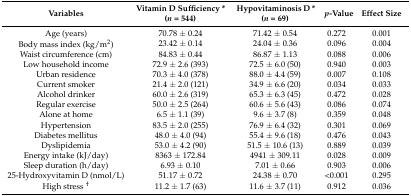
<table><thead><tr><td><b>Variables </b></td><td><b>Vitamin D Sufficiency * (<i>n</i> = 544)</b></td><td><b>Hypovitaminosis D * (<i>n</i> = 69)</b></td><td><b><i>p</i>-Value</b></td><td><b>Effect Size</b></td></tr></thead><tbody><tr><td>Age (years)</td><td>70.78 ± 0.24</td><td>71.42 ± 0.54</td><td>0.272</td><td>0.001</td></tr><tr><td>Body mass index (kg/m<sup>2</sup>)</td><td>23.42 ± 0.14</td><td>24.04 ± 0.36</td><td>0.096</td><td>0.004</td></tr><tr><td>Waist circumference (cm)</td><td>84.83 ± 0.44</td><td>86.87 ± 1.13</td><td>0.088</td><td>0.006</td></tr><tr><td>Low household income </td><td>72.9 ± 2.6 (393)</td><td>72.5 ± 6.0 (50)</td><td>0.940</td><td>0.003</td></tr><tr><td>Urban residence </td><td>70.3 ± 4.0 (378)</td><td>88.0 ± 4.4 (59)</td><td>0.007</td><td>0.108</td></tr><tr><td>Current smoker </td><td>21.4 ± 2.0 (121)</td><td>34.9 ± 6.6 (20)</td><td>0.034</td><td>0.033</td></tr><tr><td>Alcohol drinker </td><td>60.0 ± 2.6 (319)</td><td>65.3 ± 6.3 (45)</td><td>0.472</td><td>0.028</td></tr><tr><td>Regular exercise</td><td>50.0 ± 2.5 (264)</td><td>60.6 ± 5.6 (43)</td><td>0.086</td><td>0.074</td></tr><tr><td>Alone at home </td><td>6.5 ± 1.1 (39)</td><td>9.6 ± 3.7 (8)</td><td>0.359</td><td>0.048</td></tr><tr><td>Hypertension </td><td>83.5 ± 2.0 (255)</td><td>76.9 ± 6.4 (32)</td><td>0.301</td><td>0.069</td></tr><tr><td>Diabetes mellitus </td><td>48.0 ± 4.0 (94)</td><td>55.4 ± 9.6 (18)</td><td>0.476</td><td>0.043</td></tr><tr><td>Dyslipidemia </td><td>53.0 ± 4.2 (90)</td><td>51.5 ± 10.6 (13)</td><td>0.889</td><td>0.039</td></tr><tr><td>Energy intake (kJ/day)</td><td>8363 ± 172.84</td><td>4941 ± 309.11</td><td>0.028</td><td>0.009</td></tr><tr><td>Sleep duration (h/day)</td><td>6.93 ± 0.10</td><td>7.01 ± 0.66</td><td>0.903</td><td>0.006</td></tr><tr><td>25-Hydroxyvitamin D (nmol/L)</td><td>51.17 ± 0.72</td><td>24.38 ± 0.70</td><td>&lt;0.001</td><td>0.295</td></tr><tr><td>High stress <sup>†</sup></td><td>11.2 ± 1.7 (63)</td><td>11.6 ± 3.7 (11)</td><td>0.912</td><td>0.036</td></tr></tbody></table>